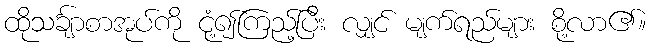
ထိုသင်္ချာစာအုပ်ကို ငုံ့၍ကြည့်ပြီး လျှင် မျက်ရည်များ စို့လာ၏။